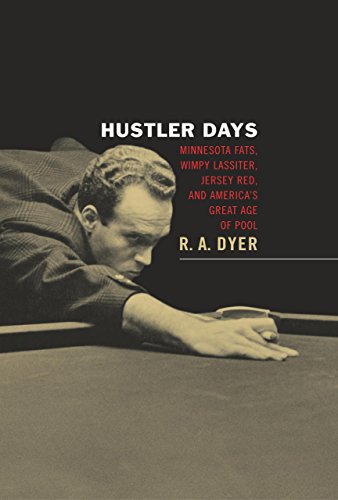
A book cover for Hustler Days: Minnesota Fats, Wimpy Lassiter, Jersey Red, and America's Great Age of Pool; R. A. Dyer; Sports & Outdoors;